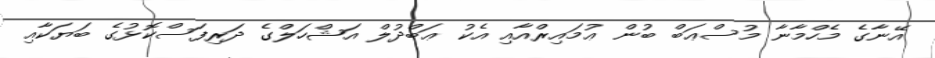
އޭނާގެ މެހްމާނާ މުސްޢަބް ބުން ޢުމައިރްއާއި އެކު ޢަބްދުލް އަޝްހަލްގެ ދަރިފަސްކޮޅުގެ ބަޔަކާއި